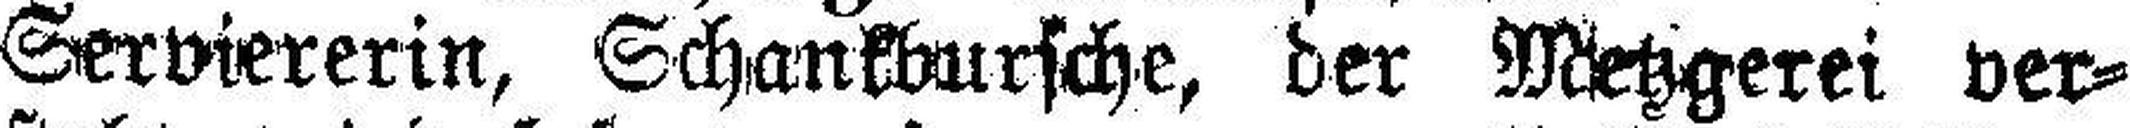
Serviererin, Schankbursche, der Metzgerei ver¬